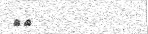
٥٥